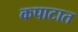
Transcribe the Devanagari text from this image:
कपाटात